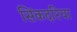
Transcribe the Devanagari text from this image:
सिंकदरिया